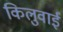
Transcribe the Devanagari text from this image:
किलुवाई